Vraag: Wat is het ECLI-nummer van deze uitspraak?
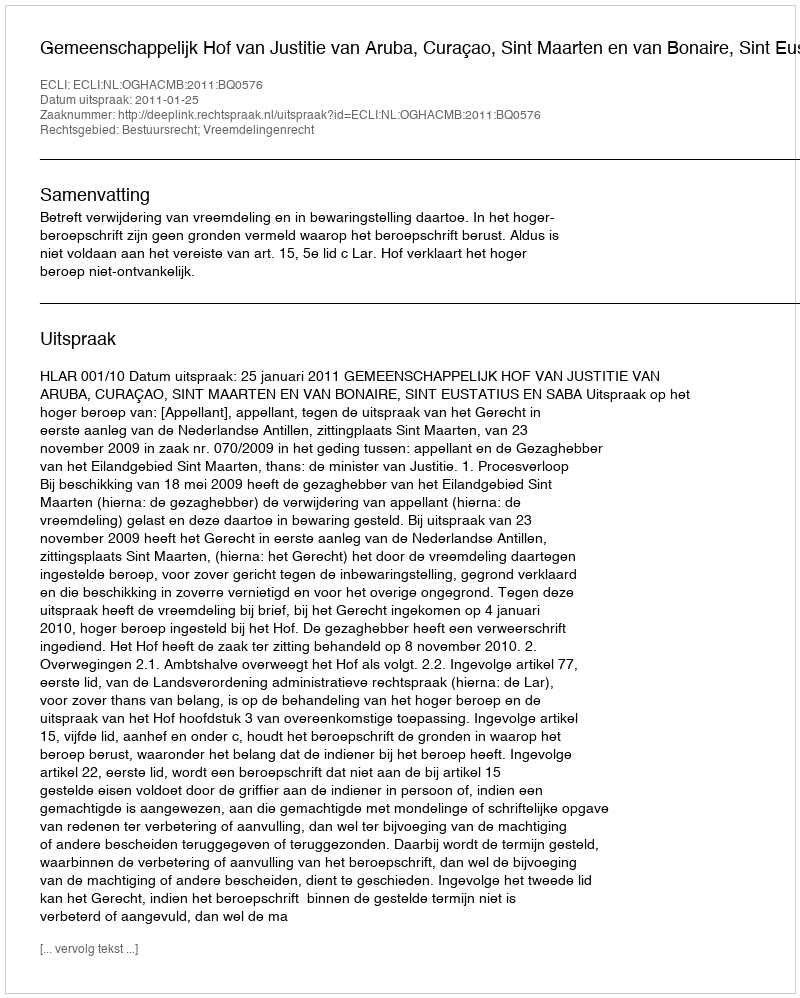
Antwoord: ECLI:NL:OGHACMB:2011:BQ0576